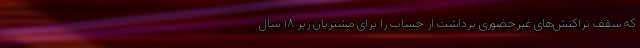
که سقف تراکنش‌های غیرحضوری برداشت از حساب را برای مشتریان زیر ۱۸ سال